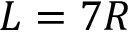
L = 7 R